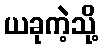
ယခုကဲ့သို့